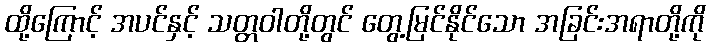
ထို့ကြောင့် အပင်နှင့် သတ္တဝါတို့တွင် တွေ့မြင်နိုင်သော အခြင်းအရာတို့ကို